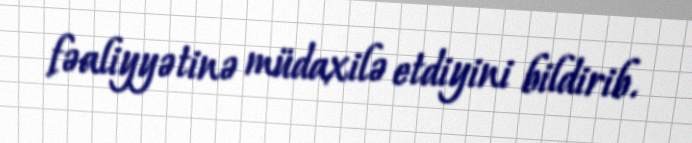
fəaliyyətinə müdaxilə etdiyini bildirib.